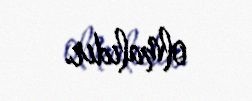
olmalıdır.